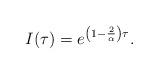
LaTeX: \begin{align*} I(\tau) = e^{\left( 1 - \frac{2}{\alpha} \right)\tau}.\end{align*}